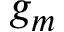
g _ { m }